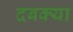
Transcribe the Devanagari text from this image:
दबक्या